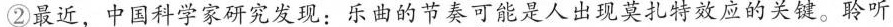
②最近，中国科学家研究发现：乐南的节可能是人出现莫扎特效应的关键。聆听